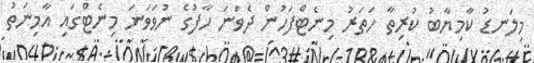
މިލަނޑު ކާމިޔާބު ކުރިތާ ހަތަރު މިނެޓްފަހުން ދެވަނަ ހާފުގެ ނުވަވަނަ މިނެޓްގައި އާމިނަތު